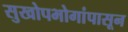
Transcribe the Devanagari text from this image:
सुखोपभोगांपासून